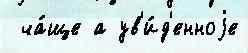
 ча́ще а ув'и́д'енноjе